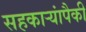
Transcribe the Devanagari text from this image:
सहकाऱ्यांपैकी